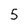
Character: 5